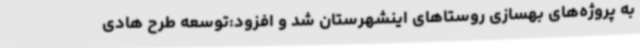
به پروژه‌های بهسازی روستاهای اینشهرستان شد و افزود:توسعه طرح هادی